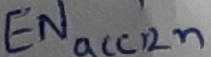
Text: ENacc2n